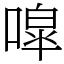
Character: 噑